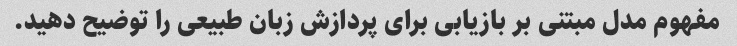
مفهوم مدل مبتنی بر بازیابی برای پردازش زبان طبیعی را توضیح دهید.